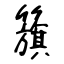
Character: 籏